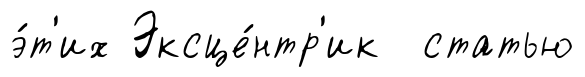
э́т'их Эксце́нтр'ик статью